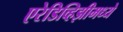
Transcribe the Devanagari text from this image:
एरेडिव्हिझीमध्ये